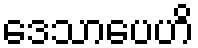
ဒေသာပေဟိ